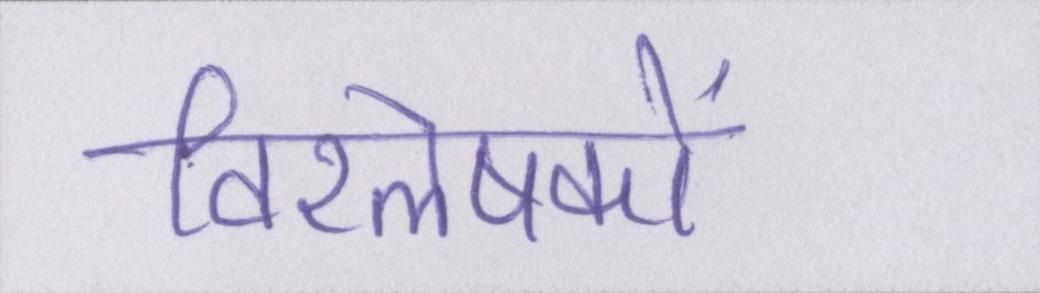
विश्लेषकों